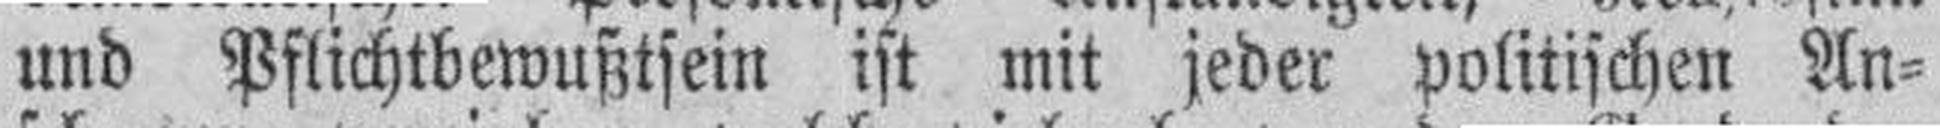
und Pflichtbewußtsein ist mit jeder politischen An¬